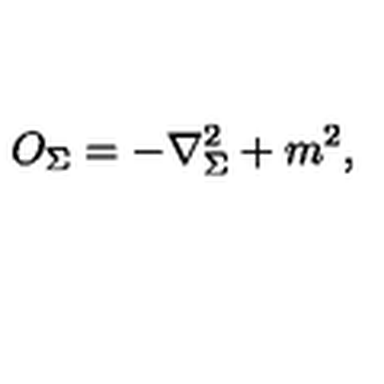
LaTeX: O _ { \Sigma } = - \nabla _ { \Sigma } ^ { 2 } + m ^ { 2 } ,